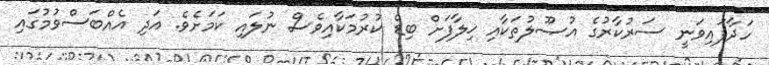
ހަދާފައިވަނީ ސަރުކާރުގެ އުޞޫލުތަކާއި ޚިލާފަށް ބިޑް ކުރުމަކާއިވެސް ނުލައި ކަމަށެވެ. އަދި އެއްބަސްވުމުގައި